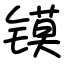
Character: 镆